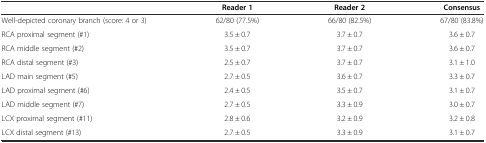
|  | Reader 1 | Reader 2 | Consensus |
 | --- | --- | --- | --- |
 | Well-depicted coronary branch (score: 4 or 3) | 62/80 (77.5%) | 66/80 (82.5%) | 67/80 (83.8%) |
 | RCA proximal segment (#1) | 3.5 ± 0.7 | 3.7 ± 0.7 | 3.6 ± 0.7 |
 | RCA middle segment (#2) | 3.5 ± 0.7 | 3.7 ± 0.7 | 3.6 ± 0.7 |
 | RCA distal segment (#3) | 2.5 ± 0.7 | 3.7 ± 0.7 | 3.1 ± 1.0 |
 | LAD main segment (#5) | 2.7 ± 0.5 | 3.6 ± 0.7 | 3.3 ± 0.7 |
 | LAD proximal segment (#6) | 2.4 ± 0.5 | 3.5 ± 0.7 | 3.1 ± 0.7 |
 | LAD middle segment (#7) | 2.7 ± 0.5 | 3.3 ± 0.9 | 3.0 ± 0.7 |
 | LCX proximal segment (#11) | 2.8 ± 0.6 | 3.2 ± 0.9 | 3.2 ± 0.8 |
 | LCX distal segment (#13) | 2.7 ± 0.5 | 3.3 ± 0.9 | 3.1 ± 0.7 |